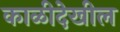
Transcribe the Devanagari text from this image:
काळीदेखील